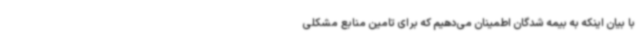
با بیان اینکه به بیمه شدگان اطمینان می‌دهیم که برای تامین منابع مشکلی